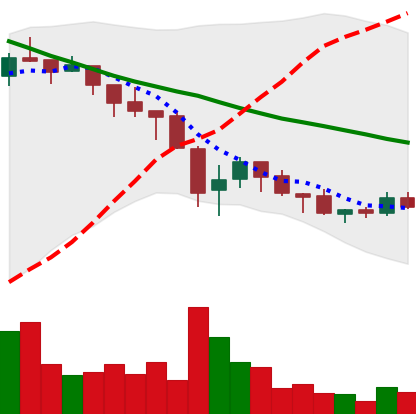
Ticker: ADA-USD
Chart end date: 2018-05-21
Forward return: -21.007%
Label: down_7plus